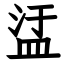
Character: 盓